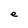
Character: e